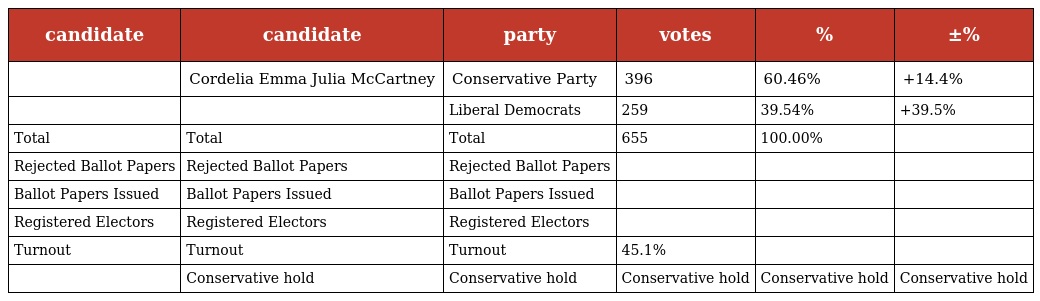
| candidate | candidate | party | votes | % | ±% |
 | --- | --- | --- | --- | --- | --- |
 |  | Cordelia Emma Julia McCartney | Conservative Party | 396 | 60.46% | +14.4% |
 |  |  | Liberal Democrats | 259 | 39.54% | +39.5% |
 | Total | Total | Total | 655 | 100.00% |  |
 | Rejected Ballot Papers | Rejected Ballot Papers | Rejected Ballot Papers |  |  |  |
 | Ballot Papers Issued | Ballot Papers Issued | Ballot Papers Issued |  |  |  |
 | Registered Electors | Registered Electors | Registered Electors |  |  |  |
 | Turnout | Turnout | Turnout | 45.1% |  |  |
 |  | Conservative hold | Conservative hold | Conservative hold | Conservative hold | Conservative hold |